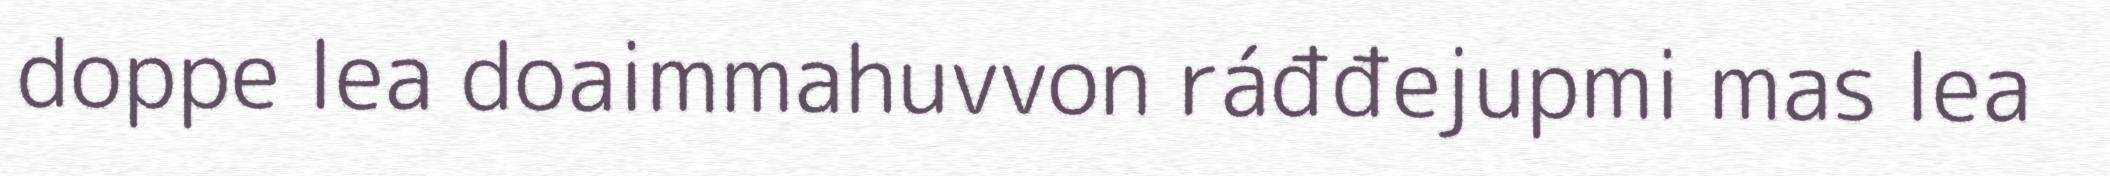
doppe lea doaimmahuvvon ráđđejupmi mas lea